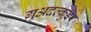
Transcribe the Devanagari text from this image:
गुअदल्क़ुइर